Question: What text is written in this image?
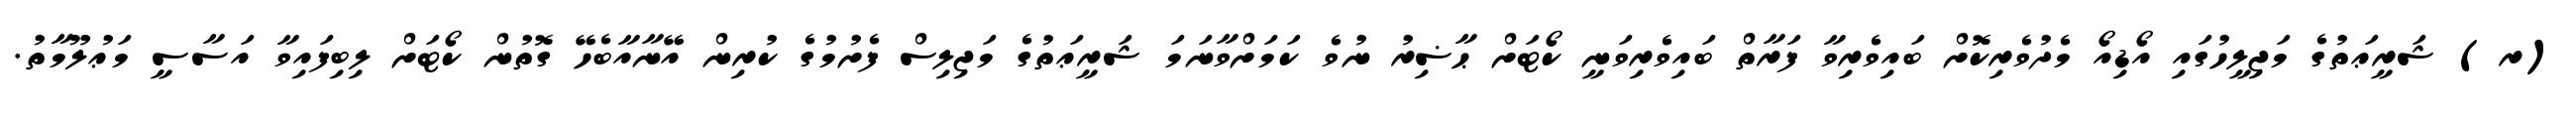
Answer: (ރ) ޝަރީޢަތުގެ މަޖިލީހުގައި އޯޑިއޯ މެދުވެރިކޮށް ބައިވެރިވާ ފަރާތް ބައިވެރިވަނީ ކޯޓަށް ޙާޟިރު ނުވެ ކަމަށްވާނަމަ ޝަރީޢަތުގެ މަޖިލިސް ފެށުމުގެ ކުރިން އޭނާއާބެހޭ ގޮތުން ކޯޓަށް ލިބިފައިވާ އަސާސީ މަޢުލޫމާތު.